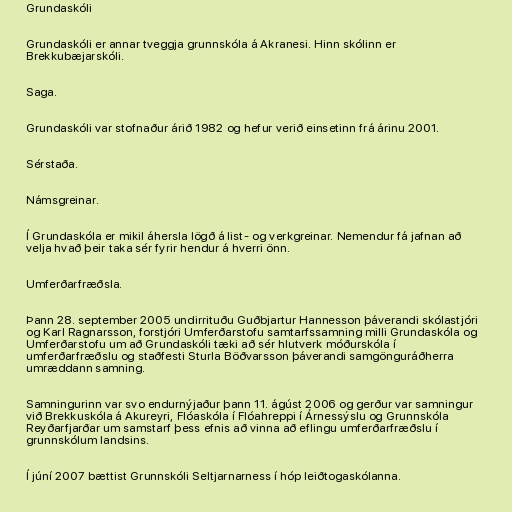
Grundaskóli

Grundaskóli er annar tveggja grunnskóla á Akranesi. Hinn skólinn er
Brekkubæjarskóli.

Saga.

Grundaskóli var stofnaður árið 1982 og hefur verið einsetinn frá árinu 2001.

Sérstaða.

Námsgreinar.

Í Grundaskóla er mikil áhersla lögð á list- og verkgreinar. Nemendur fá jafnan að
velja hvað þeir taka sér fyrir hendur á hverri önn.

Umferðarfræðsla.

Þann 28. september 2005 undirrituðu Guðbjartur Hannesson þáverandi skólastjóri
og Karl Ragnarsson, forstjóri Umferðarstofu samtarfssamning milli Grundaskóla og
Umferðarstofu um að Grundaskóli tæki að sér hlutverk móðurskóla í
umferðarfræðslu og staðfesti Sturla Böðvarsson þáverandi samgönguráðherra
umræddann samning.

Samningurinn var svo endurnýjaður þann 11. ágúst 2006 og gerður var samningur
við Brekkuskóla á Akureyri, Flóaskóla í Flóahreppi í Árnessýslu og Grunnskóla
Reyðarfjarðar um samstarf þess efnis að vinna að eflingu umferðarfræðslu í
grunnskólum landsins.

Í júní 2007 bættist Grunnskóli Seltjarnarness í hóp leiðtogaskólanna.